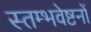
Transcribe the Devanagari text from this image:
स्तम्भवेष्टनों